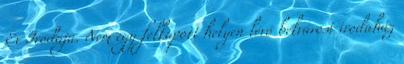
Év Irodája. Nem egy felkapott helyen lévő belvárosi irodaház